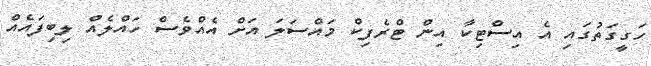
ހަގީގަތުގައި އެ އިސްޓިކާ އިން ޓްރެފިކް މައްސަލަ އަށް އެއްވެސް ހައްލެއް ލިބިފައެއް